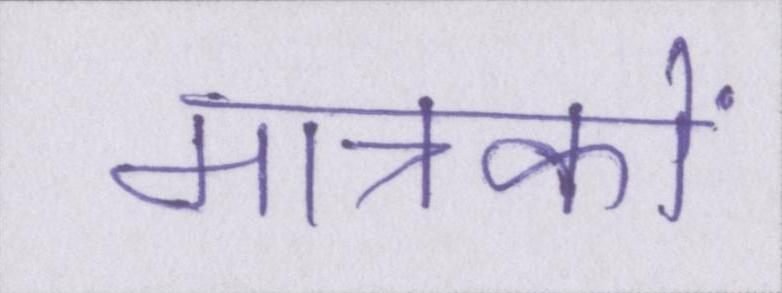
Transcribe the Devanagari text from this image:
मात्रकों